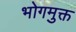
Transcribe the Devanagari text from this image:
भोगमुक्त